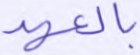
بالعهد